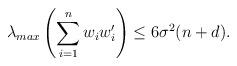
LaTeX: \begin{align*} \lambda_{max} \left(\sum_{i=1}^{n} w_i w_i' \right) \le 6\sigma^2(n+d).\end{align*}